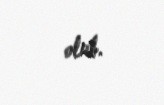
olub.